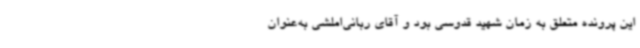
این پرونده متعلق به زمان شهید قدوسی بود و آقای ربانی‌املشی به‌عنوان